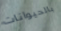
بالحيوانات